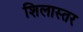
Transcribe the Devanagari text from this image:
शिलास्तर